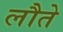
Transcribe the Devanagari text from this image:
लौते